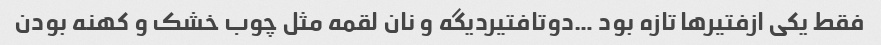
فقط یکی ازفتیرها تازه بود …دوتافتیردیگه و نان لقمه مثل چوب خشک و کهنه بودن